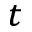
_ { t }